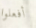
أفعلوا